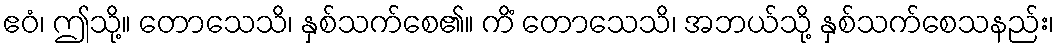
ဧဝံ၊ ဤသို့။ တောသေသိ၊ နှစ်သက်စေ၏။ ကိံ တောသေသိ၊ အဘယ်သို့ နှစ်သက်စေသနည်း၊